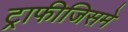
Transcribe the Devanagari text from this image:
ट्राफीजिसमे